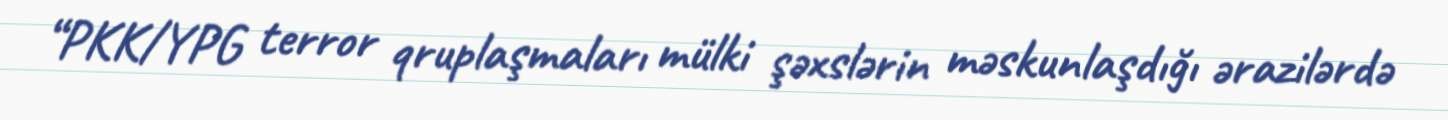
“PKK/YPG terror qruplaşmaları mülki şəxslərin məskunlaşdığı ərazilərdə